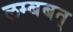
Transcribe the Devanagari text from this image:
लम्बबत्